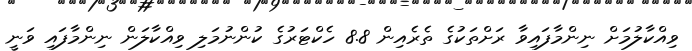
ވިއްކާލުމަށް ނިންމާފައިވާ ރަށްތަކުގެ ތެރެއިން 8.8 ހެކްޓަރުގެ ކުންނުމަލި ވިއްކާލަން ނިންމާފައި ވަނީ